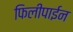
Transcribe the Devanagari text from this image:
फिलीपाईन